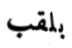
بلقب